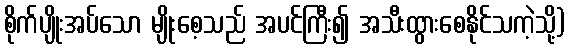
စိုက်ပျိုးအပ်သော မျိုးစေ့သည် အပင်ကြီး၍ အသီးထွားစေနိုင်သကဲ့သို့)